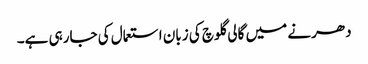
دھرنے میں گالی گلوچ کی زبان استعمال کی جارہی ہے۔